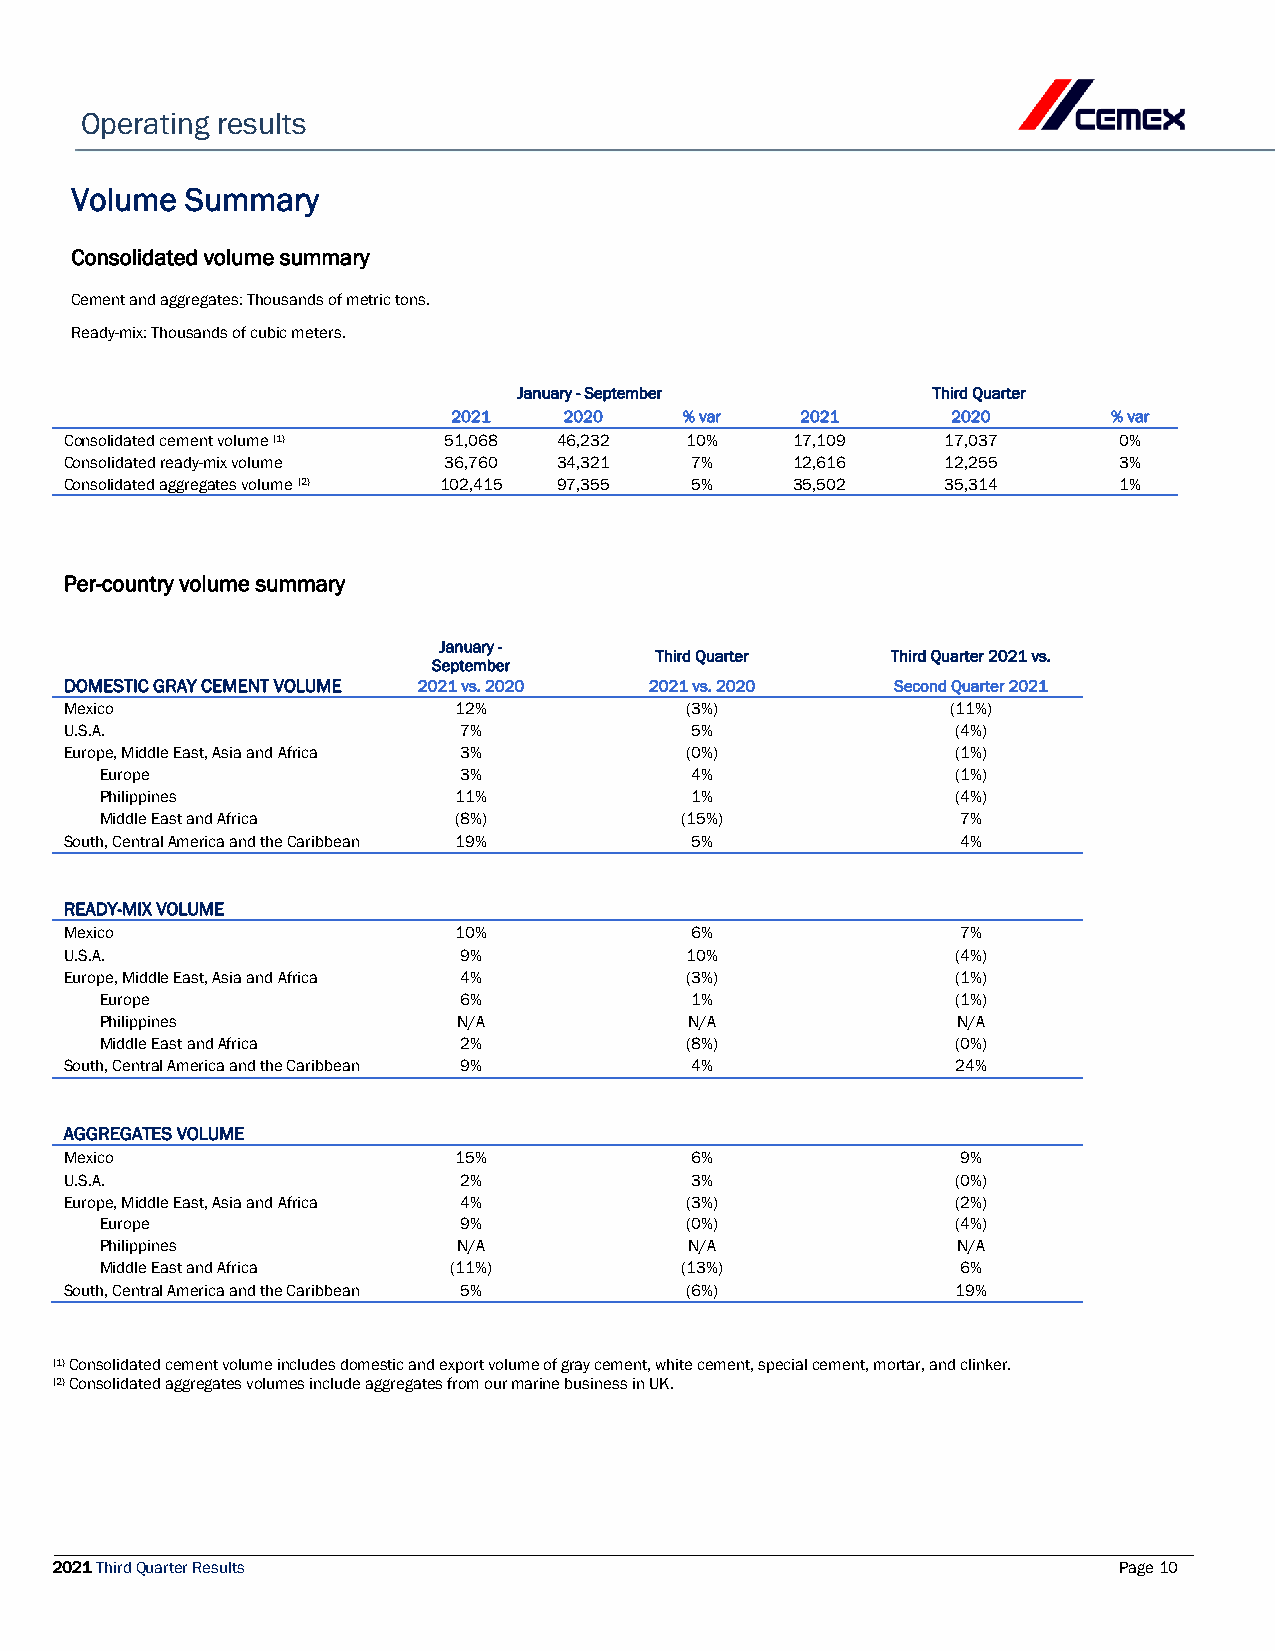
Operating results
 Volume Summary
 Consolidated volume summary
 Cement and aggregates: Thousands of metric tons.
 Ready-mix: Thousands of cubic meters.
 January - September         Third Quarter
 2021   2020    % var   2021      2020       % var
 Consolidated cement volume (1) 51,068 46,232 10% 17,109    17,037     0%
 Consolidated ready-mix volume 36,760 34,321 7%   12,616    12,255     3%
 Consolidated aggregates volume (2) 102,415 97,355 5% 35,502 35,314    1%
 Per-country volume summary
 January -
 Third Quarter   Third Quarter 2021 vs.
 September
 DOMESTIC GRAY CEMENT VOLUME 2021 vs. 2020 2021 vs. 2020 Second Quarter 2021
 Mexico                    12%            (3%)              (11%)
 U.S.A.                    7%              5%               (4%)
 Europe, Middle East, Asia and Africa 3%  (0%)              (1%)
 Europe                 3%              4%               (1%)
 Philippines            11%             1%               (4%)
 Middle East and Africa (8%)           (15%)              7%
 South, Central America and the Caribbean 19% 5%             4%
 READY-MIX VOLUME
 Mexico                    10%             6%                7%
 U.S.A.                    9%             10%               (4%)
 Europe, Middle East, Asia and Africa 4%  (3%)              (1%)
 Europe                 6%              1%               (1%)
 Philippines            N/A             N/A              N/A
 Middle East and Africa 2%             (8%)              (0%)
 South, Central America and the Caribbean 9% 4%             24%
 AGGREGATES VOLUME
 Mexico                    15%             6%                9%
 U.S.A.                    2%              3%               (0%)
 Europe, Middle East, Asia and Africa 4%  (3%)              (2%)
 Europe                 9%             (0%)              (4%)
 Philippines            N/A             N/A              N/A
 Middle East and Africa (11%)          (13%)              6%
 South, Central America and the Caribbean 5% (6%)           19%
 (1) Consolidated cement volume includes domestic and export volume of gray cement, white cement, special cement, mortar, and clinker.
 (2) Consolidated aggregates volumes include aggregates from our marine business in UK.
 2021 Third Quarter Results                                             Page 10